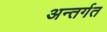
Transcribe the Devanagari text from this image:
अन्तर्गत